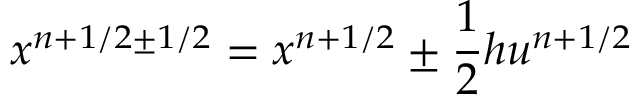
x ^ { n + 1 / 2 \pm 1 / 2 } = x ^ { n + 1 / 2 } \pm \frac 1 2 h u ^ { n + 1 / 2 }